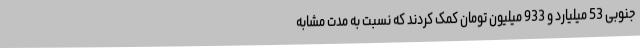
جنوبی 53 میلیارد و 933 میلیون تومان کمک کردند که نسبت به مدت مشابه